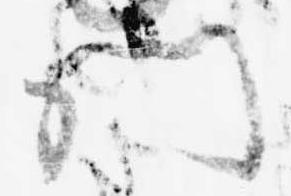
門